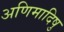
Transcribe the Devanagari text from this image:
अणिमादिषु